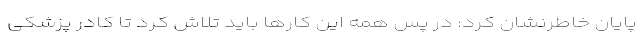
پایان خاطرنشان کرد: در پس همه این کارها باید تلاش کرد تا کادر پزشکی